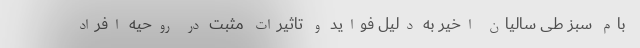
بام سبز طی سالیان اخیر به دلیل فواید و تاثیرات مثبت در روحیه افراد